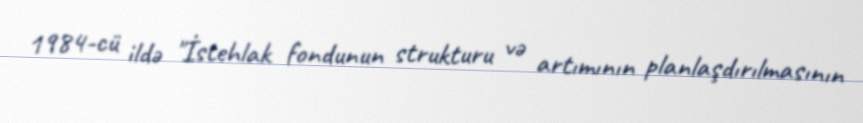
1984-cü ildə "İstehlak fondunun strukturu və artımının planlaşdırılmasının